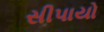
સીપાયો